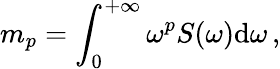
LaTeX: m_{p}=\int_{0}^{+\infty}\omega^{p}S(\omega)\mathrm{d}\omega\, ,